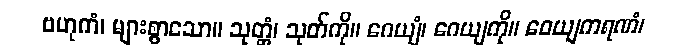
ဗဟုကံ၊ များစွာသော။ သုတ္တံ၊ သုတ်ကို။ ဂေယျံ၊ ဂေယျကို။ ဝေယျကရဏံ၊